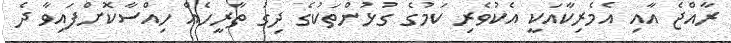
ރާއްޖެ އާއި އެމެރިކާއަކީ އެކުވެރި ކަމުގެ ގުޅުންތަކުގެ ދިގު ތާރީހެއް ހިއްސާކޮށްފައިވާ ދެ